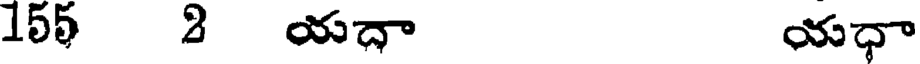
155 2 యదా యధా